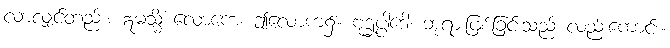
လာလျှင်တည်း။ ဣမသ္မိံ လောကေ၊ ဤလောက၌။ ဗုဒ္ဓုပ္ပါဒေါ၊ ဘုရားဖြစ်ခြင်းသည် လည်းကောင်း။